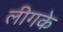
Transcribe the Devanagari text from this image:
लीगके